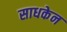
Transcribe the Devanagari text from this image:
साधकेन